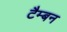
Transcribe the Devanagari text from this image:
टैम्बन